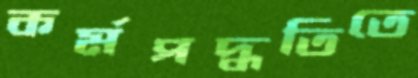
কর্মপদ্ধতিতে